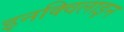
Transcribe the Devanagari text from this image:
इनक्विलाइन